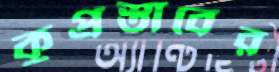
কুপ্রস্তাবের